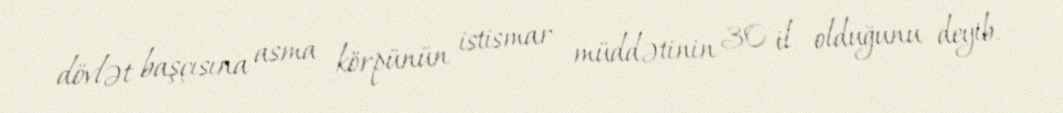
dövlət başçısına asma körpünün istismar müddətinin 30 il olduğunu deyib.